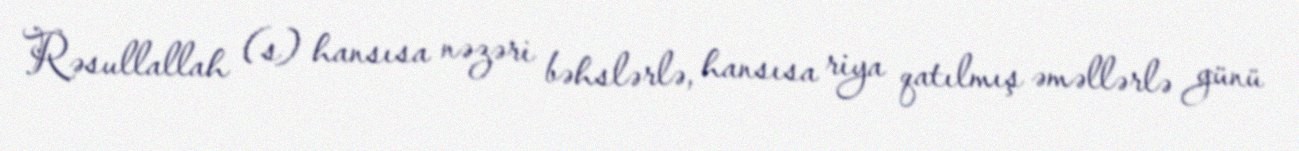
Rəsullallah (s) hansısa nəzəri bəhslərlə, hansısa riya qatılmış əməllərlə günü